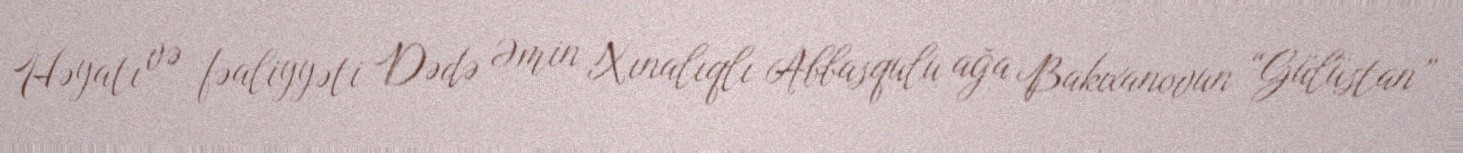
Həyatı və fəaliyyəti Dədə Əmin Xınalıqlı Abbasqulu ağa Bakıxanovun “Gülüstan”